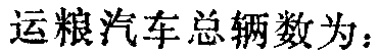
运粮汽车总辆数为：